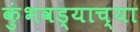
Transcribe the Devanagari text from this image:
कुंभवड्याच्या